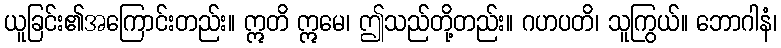
ယူခြင်း၏အကြောင်းတည်း။ ဣတိ ဣမေ၊ ဤသည်တို့တည်း။ ဂဟပတိ၊ သူကြွယ်။ ဘောဂါနံ၊